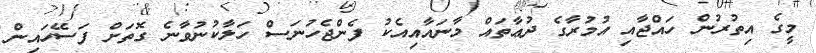
މީގެ އިތުރުން ހައްޖާއި އުމުރާގެ ދުޢާތައް މާނައާއިއެކު ފެންޖެހުނަސް ހަލާކުނުވާނެ ގޮތަށް ފަސޭހައިން